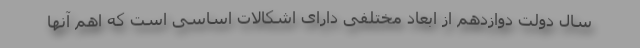
سال دولت دوازدهم از ابعاد مختلفی دارای اشکالات اساسی است که اهم آنها